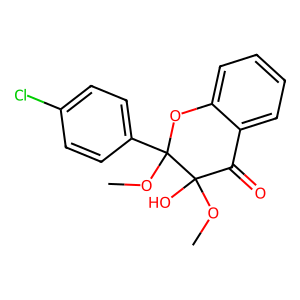
SMILES: COC1(O)C(=O)c2ccccc2OC1(OC)c1ccc(Cl)cc1
Inhibits HIV replication: No